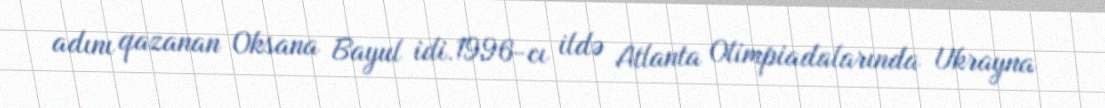
adını qazanan Oksana Bayul idi.1996-cı ildə Atlanta Olimpiadalarında Ukrayna